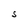
Character: S